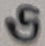
Text: G